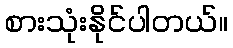
စားသုံးနိုင်ပါတယ်။